Annual administration and progress report of the Indian Medical Department, Bombay
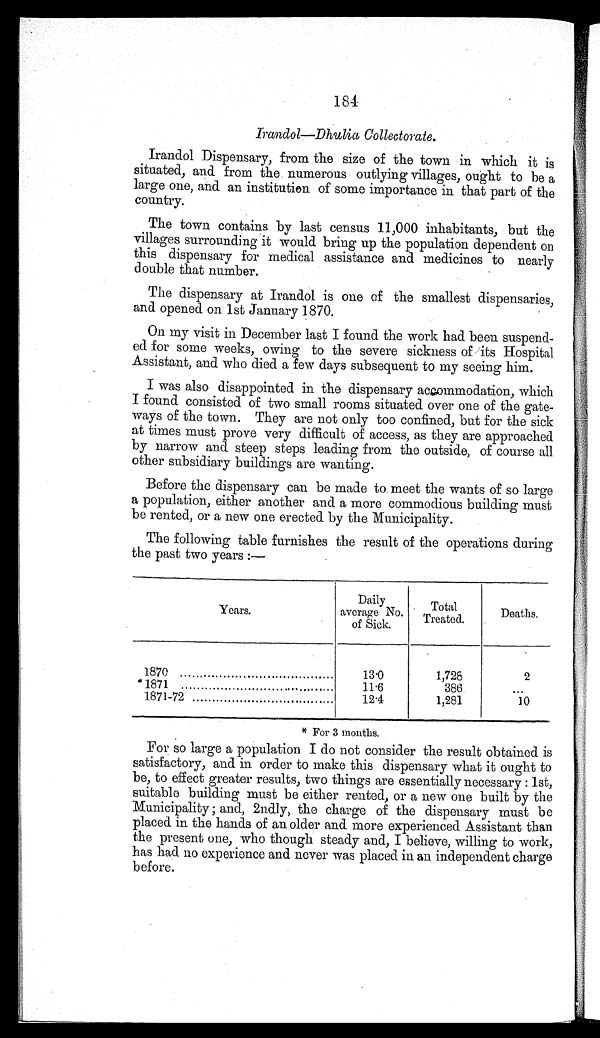
184
Irandol—Dhulia Collectorate.
Irandol Dispensary, from the size of the town in which it is
situated, and from the. numerous outlying villages, ought to be a
large one, and an institution of some importance in that part of the
country.
The town contains by last census 11,000 inhabitants, but the
villages surrounding it would. bring up the population dependent on
this dispensary for medical assistance and medicines to nearly
double that number.
The dispensary at Irandol is one of the smallest dispensaries,
and opened on 1st January 1870.
On my visit in December last I found the work had been suspend-
- e d f o r s o m e w e e k s , o w i n g t o t h e s e v e r e s i c k n e s s o f i t s H o s p i t a l
Assistant, and who died. a few days subsequent to my seeing him.
I was also disappointed in the dispensary accommodation, which
I found consisted of two small rooms situated. over one of the gate-
ways of the town. They are not only too confined, but for the sick
at times must prove very difficult of access, as they are approached
by narrow and steep steps leading from the outside, of course all
other subsidiary buildings are wanting.
Before the dispensary can be made to meet the wants of so large
a population, either another and a more commodious building must
be rented, or a new one erected by the Municipality.
The following table furnishes the result of the operations during
the past two years :—
Years.
Daily
average No.
of Sick.
Total
Treated.
Deaths.
1870
13.0
1,728
2
*1871
11.6
386
. . .
1871-72
12.4
1,281
10
* For 3 months.
For so large a population I do not consider the result obtained is
satisfactory, and in order to make this dispensary what it ought to
be, to effect greater results, two things are essentially necessary : 1st,
suitable building must be either rented, or a new one built by the
Municipality ; and, 2ndly, the charge of the dispensary must be
placed in the hands of an older and. more experienced Assistant than
the present one, who though steady and, I believe, willing to work,
has had no experience and never was placed in an independent charge
before.